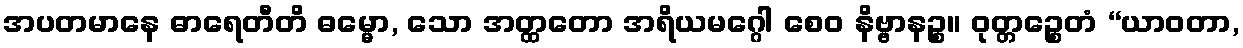
အပတမာနေ ဓာရေတီတိ ဓမ္မော, သော အတ္ထတော အရိယမဂ္ဂေါ စေဝ နိဗ္ဗာနဉ္စ။ ဝုတ္တဉ္စေတံ “ယာဝတာ,